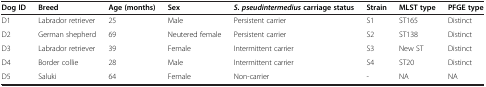
<table><thead><tr><td><b>Dog ID</b></td><td><b>Breed</b></td><td><b>Age (months)</b></td><td><b>Sex</b></td><td><b><i>S. pseudintermedius </i>carriage status</b></td><td><b>Strain</b></td><td><b>MLST type</b></td><td><b>PFGE type</b></td></tr></thead><tbody><tr><td>D1</td><td>Labrador retriever</td><td>25</td><td>Male</td><td>Persistent carrier</td><td>S1</td><td>ST165</td><td>Distinct</td></tr><tr><td>D2</td><td>German shepherd</td><td>69</td><td>Neutered female</td><td>Persistent carrier</td><td>S2</td><td>ST138</td><td>Distinct</td></tr><tr><td>D3</td><td>Labrador retriever</td><td>39</td><td>Female</td><td>Intermittent carrier</td><td>S3</td><td>New ST</td><td>Distinct</td></tr><tr><td>D4</td><td>Border collie</td><td>28</td><td>Male</td><td>Intermittent carrier</td><td>S4</td><td>ST20</td><td>Distinct</td></tr><tr><td>D5</td><td>Saluki</td><td>64</td><td>Female</td><td>Non-carrier</td><td>-</td><td>NA</td><td>NA</td></tr></tbody></table>